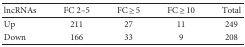
<table><thead><tr><td><b>lncRNAs</b></td><td><b>FC 2–5</b></td><td><b>FC ≥ 5</b></td><td><b>FC ≥ 10</b></td><td><b>Total</b></td></tr></thead><tbody><tr><td>Up</td><td>211</td><td>27</td><td>11</td><td>249</td></tr><tr><td>Down</td><td>166</td><td>33</td><td>9</td><td>208</td></tr></tbody></table>